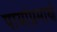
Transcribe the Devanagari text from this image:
पायांप्रमाणे